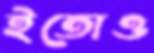
ইতোও